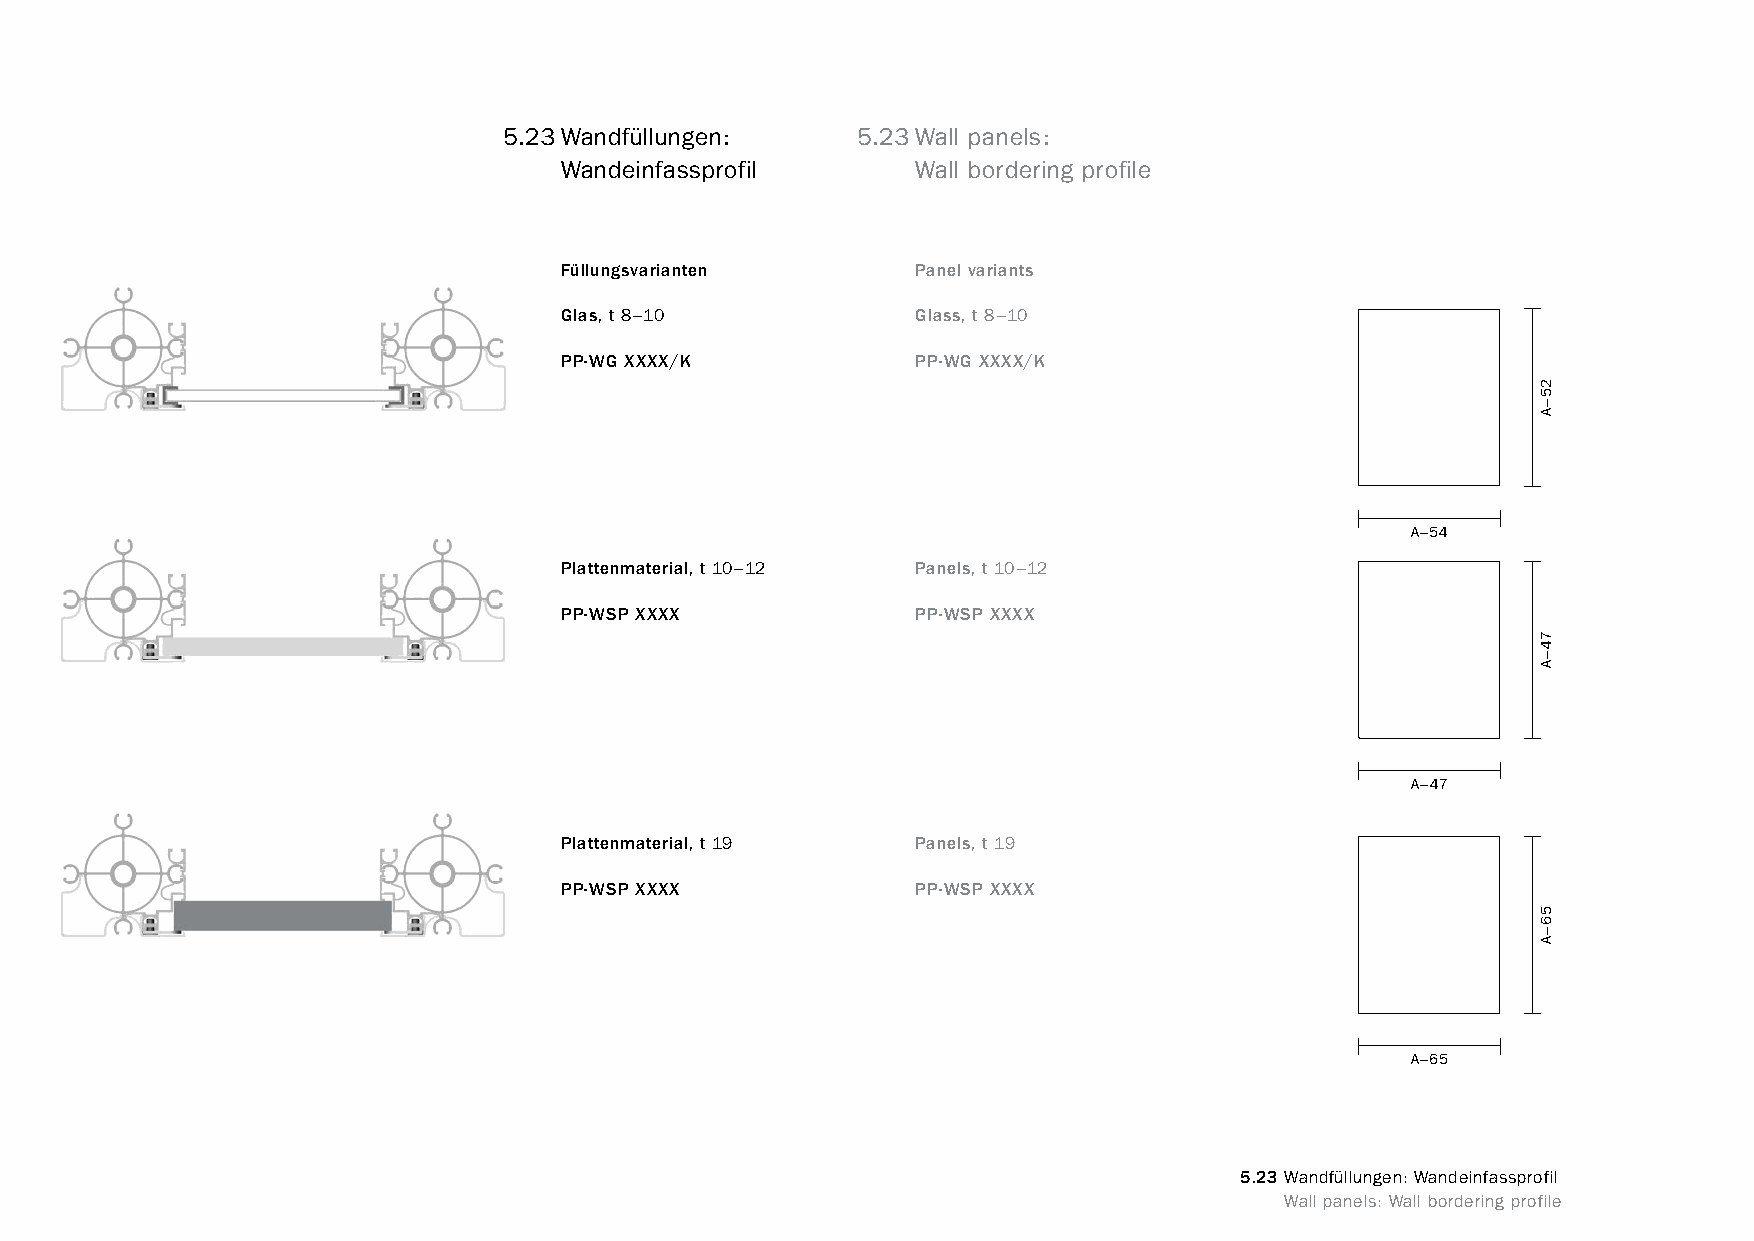
constructivpila petite       5.23Wandfüllungen:      5.23Wall panels:
 Wandeinfassprofil       Wall bordering profile
 Füllungsvarianten       Panel variants
 Glas, t 8–10            Glass, t 8–10
 PP-WG XXXX/K            PP-WG XXXX/K
 A–54
 Plattenmaterial, t 10–12 Panels, t 10–12
 PP-WSP XXXX             PP-WSP XXXX
 A–47
 Plattenmaterial, t 19   Panels, t 19
 PP-WSP XXXX             PP-WSP XXXX
 A–65
 5.23 Wandfüllungen: Wandeinfassprofil
 www.burkhardtleitner.de                                                          Wall panels: Wall bordering profile
 25–A
 74–A
 56–A